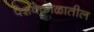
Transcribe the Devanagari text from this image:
पेशवेकाळातील